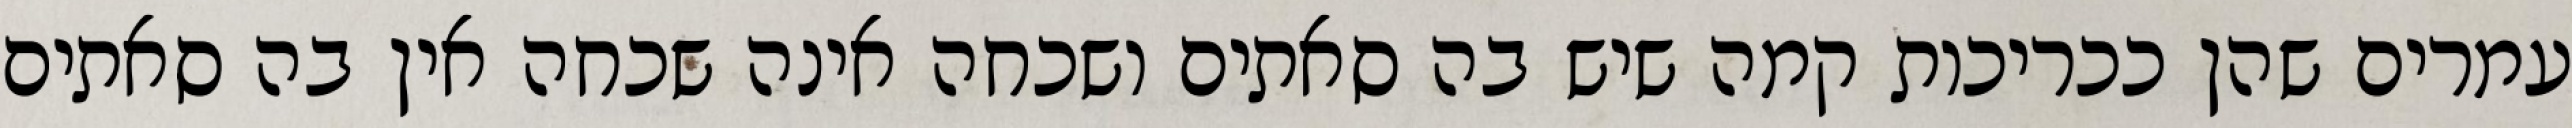
עמרים שהן ככריכות קמה שיש בה סאתים ושכחה אינה שכחה אין בה סאתים